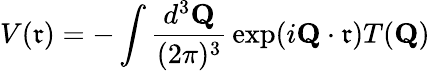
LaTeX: V(\mathfrak{r})=-\int{\frac{{d^{3}{\mathbf{Q}}}}{{(2\pi)^{3}}}}\exp(i{\mathbf{Q}}\cdot{\mathbf{\mathfrak{r}}})T({\mathbf{Q}})